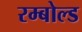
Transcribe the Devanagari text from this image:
रम्बोल्ड